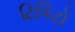
ટિકિટો